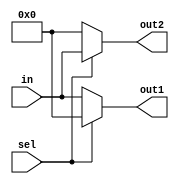

module mux_1to2_16b(
     input wire sel
    ,input wire[15:0] in
    ,output wire[15:0] out1
    ,output wire[15:0] out2
);
    assign out1 = (sel == 1'b0) ? in : 16'b0;
    assign out2 = (sel == 1'b1) ? in : 16'b0;
endmodule